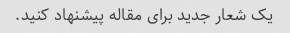
یک شعار جدید برای مقاله پیشنهاد کنید.